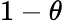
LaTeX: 1-\theta